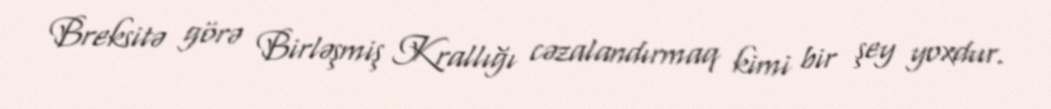
Breksitə görə Birləşmiş Krallığı cəzalandırmaq kimi bir şey yoxdur.